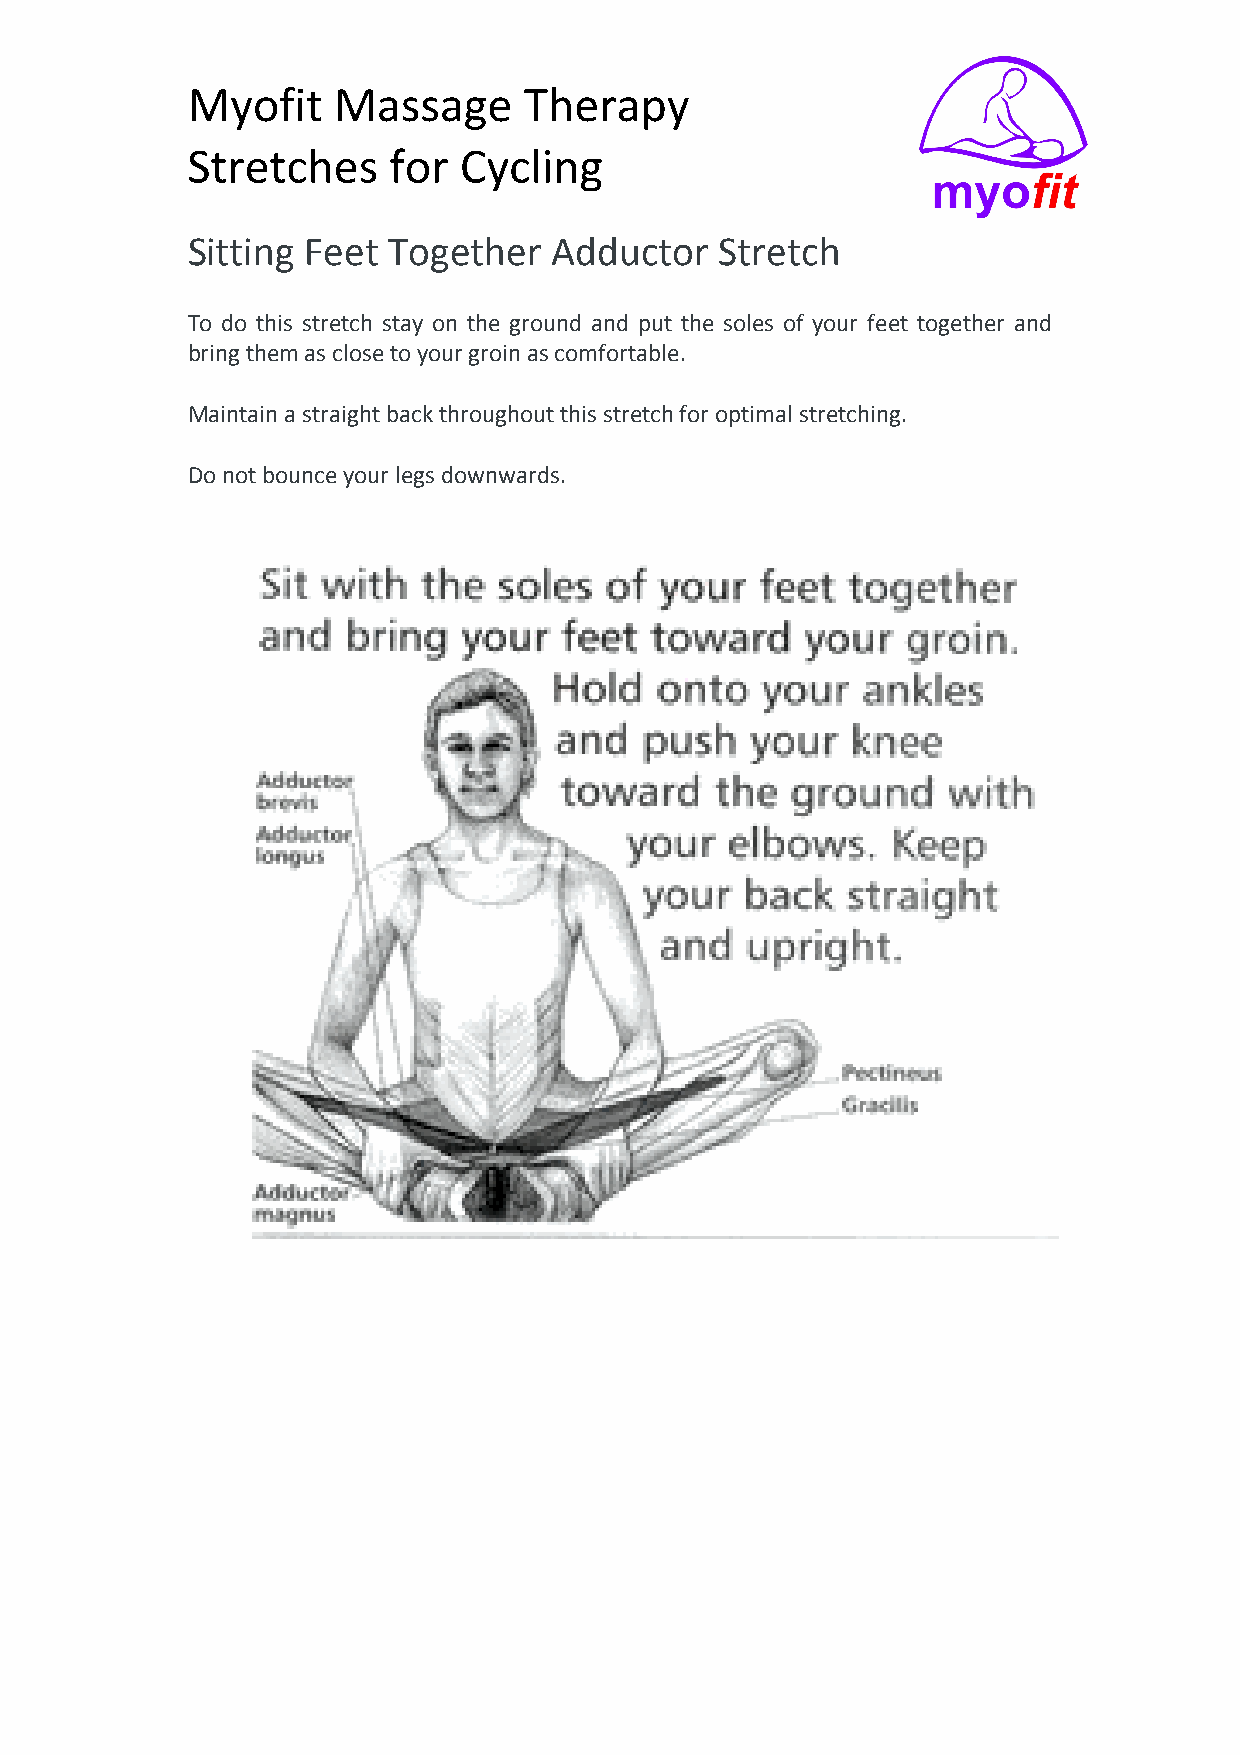
Myofit    Massage      Therapy
 Stretches     for Cycling
 Sitting Feet  Together   Adductor   Stretch
 To do this stretch stay on the ground and put the soles of your feet together and
 bring them as close to your groin as comfortable.
 Maintain a straight back throughout this stretch for optimal stretching.
 Do not bounce your legs downwards.